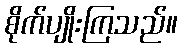
စိုက်ပျိုးကြသည်။